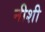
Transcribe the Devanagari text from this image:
नीशी